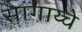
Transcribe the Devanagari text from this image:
सांगाय्चे